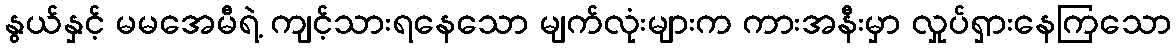
နွယ်နှင့် မမအေမီရဲ့ ကျင့်သားရနေသော မျက်လုံးများက ကားအနီးမှာ လှုပ်ရှားနေကြသော